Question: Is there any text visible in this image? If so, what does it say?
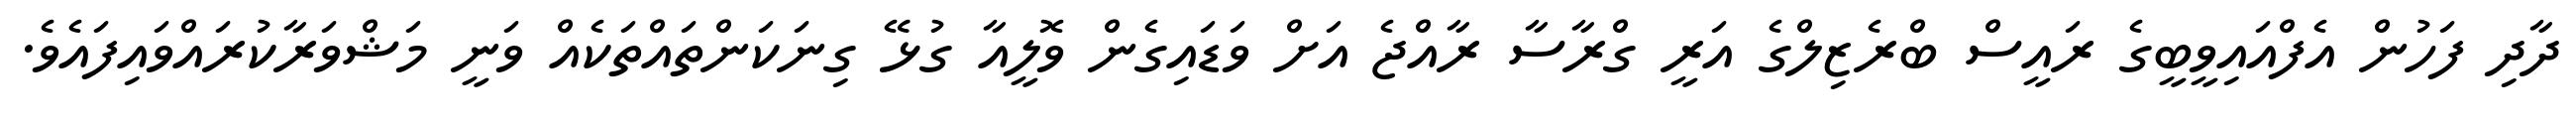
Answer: ދާދި ފަހުން އެފްއައިވީބީގެ ރައީސް ބްރެޒިލްގެ އަރީ ގްރާސާ ރާއްޖެ އަށް ވަޑައިގެން ވޮލީއާ ގުޅޭ ގިނަކަންތައްތަކެއް ވަނީ މަޝްވަރާކުރައްވައިފައެވެ.